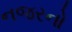
નજરનો